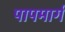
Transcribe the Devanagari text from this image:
पापमार्ग